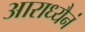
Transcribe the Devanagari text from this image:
आराध्यैनं